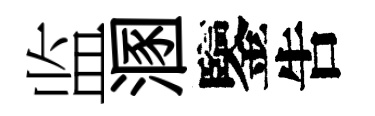
监溷鑒吿